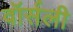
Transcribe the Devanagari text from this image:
वॉर्सली